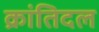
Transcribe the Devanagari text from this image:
क्रांतिदल